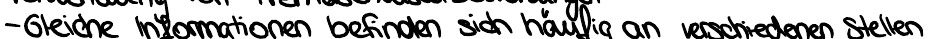
- Gleiche Informationen befinden sich häufig an verschiedenen Stellen